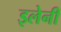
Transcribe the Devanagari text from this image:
इलेनी